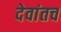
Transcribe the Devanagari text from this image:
देवांतच